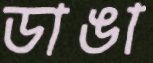
ডাঙা